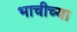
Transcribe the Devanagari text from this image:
भाचीच्या